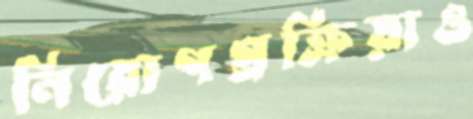
নিয়োগপ্রক্রিয়াও